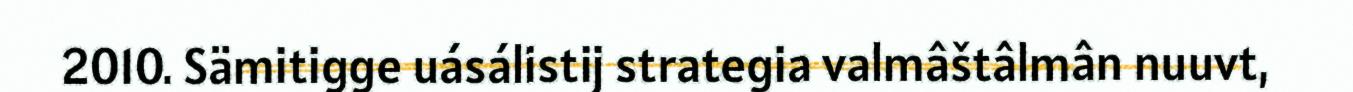
2010. Sämitigge uásálistij strategia valmâštâlmân nuuvt,